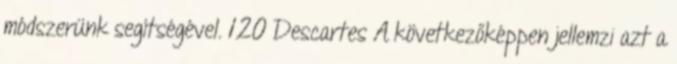
módszerünk segítségével. 120 Descartes A következőképpen jellemzi azt a